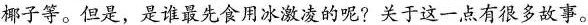
椰子等.但是,是谁最先食用冰激凌的呢?关于这一点有很多故事.